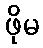
ဖိုမ